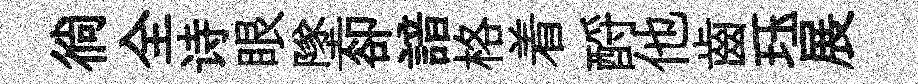
徜全诗眼墜卻諳格着酹他齒珏展